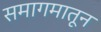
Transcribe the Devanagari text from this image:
समागमातून